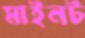
মাইনট